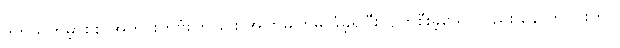
ဒုတိယကမ္ဘာစစ် အတွင်းကဗုံးကြဲခြင်း အကြိမ်ကြိမ် ခံခဲ့ရပြီး ပျက်စီးခဲ့သော်လည်း နောက်ပိုင်းတွင်